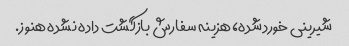
شیرینی خورد شده، هزینه سفارش بازگشت داده نشده هنوز.